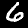
Label: 6